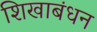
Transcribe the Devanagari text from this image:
शिखाबंधन